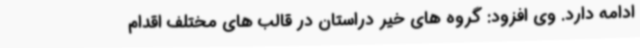
ادامه دارد. وی افزود: گروه های خیر دراستان در قالب های مختلف اقدام